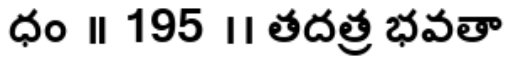
ధం ॥ 195 ।। తదత్ర భవతా